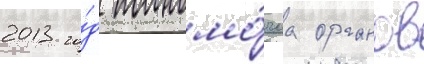
2013 го́д полномо́чиа органов